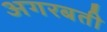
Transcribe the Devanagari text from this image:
अगरबती